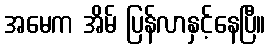
အမေက အိမ် ပြန်လာနှင့်နေပြီ။